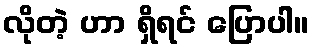
လိုတဲ့ ဟာ ရှိရင် ပြောပါ။